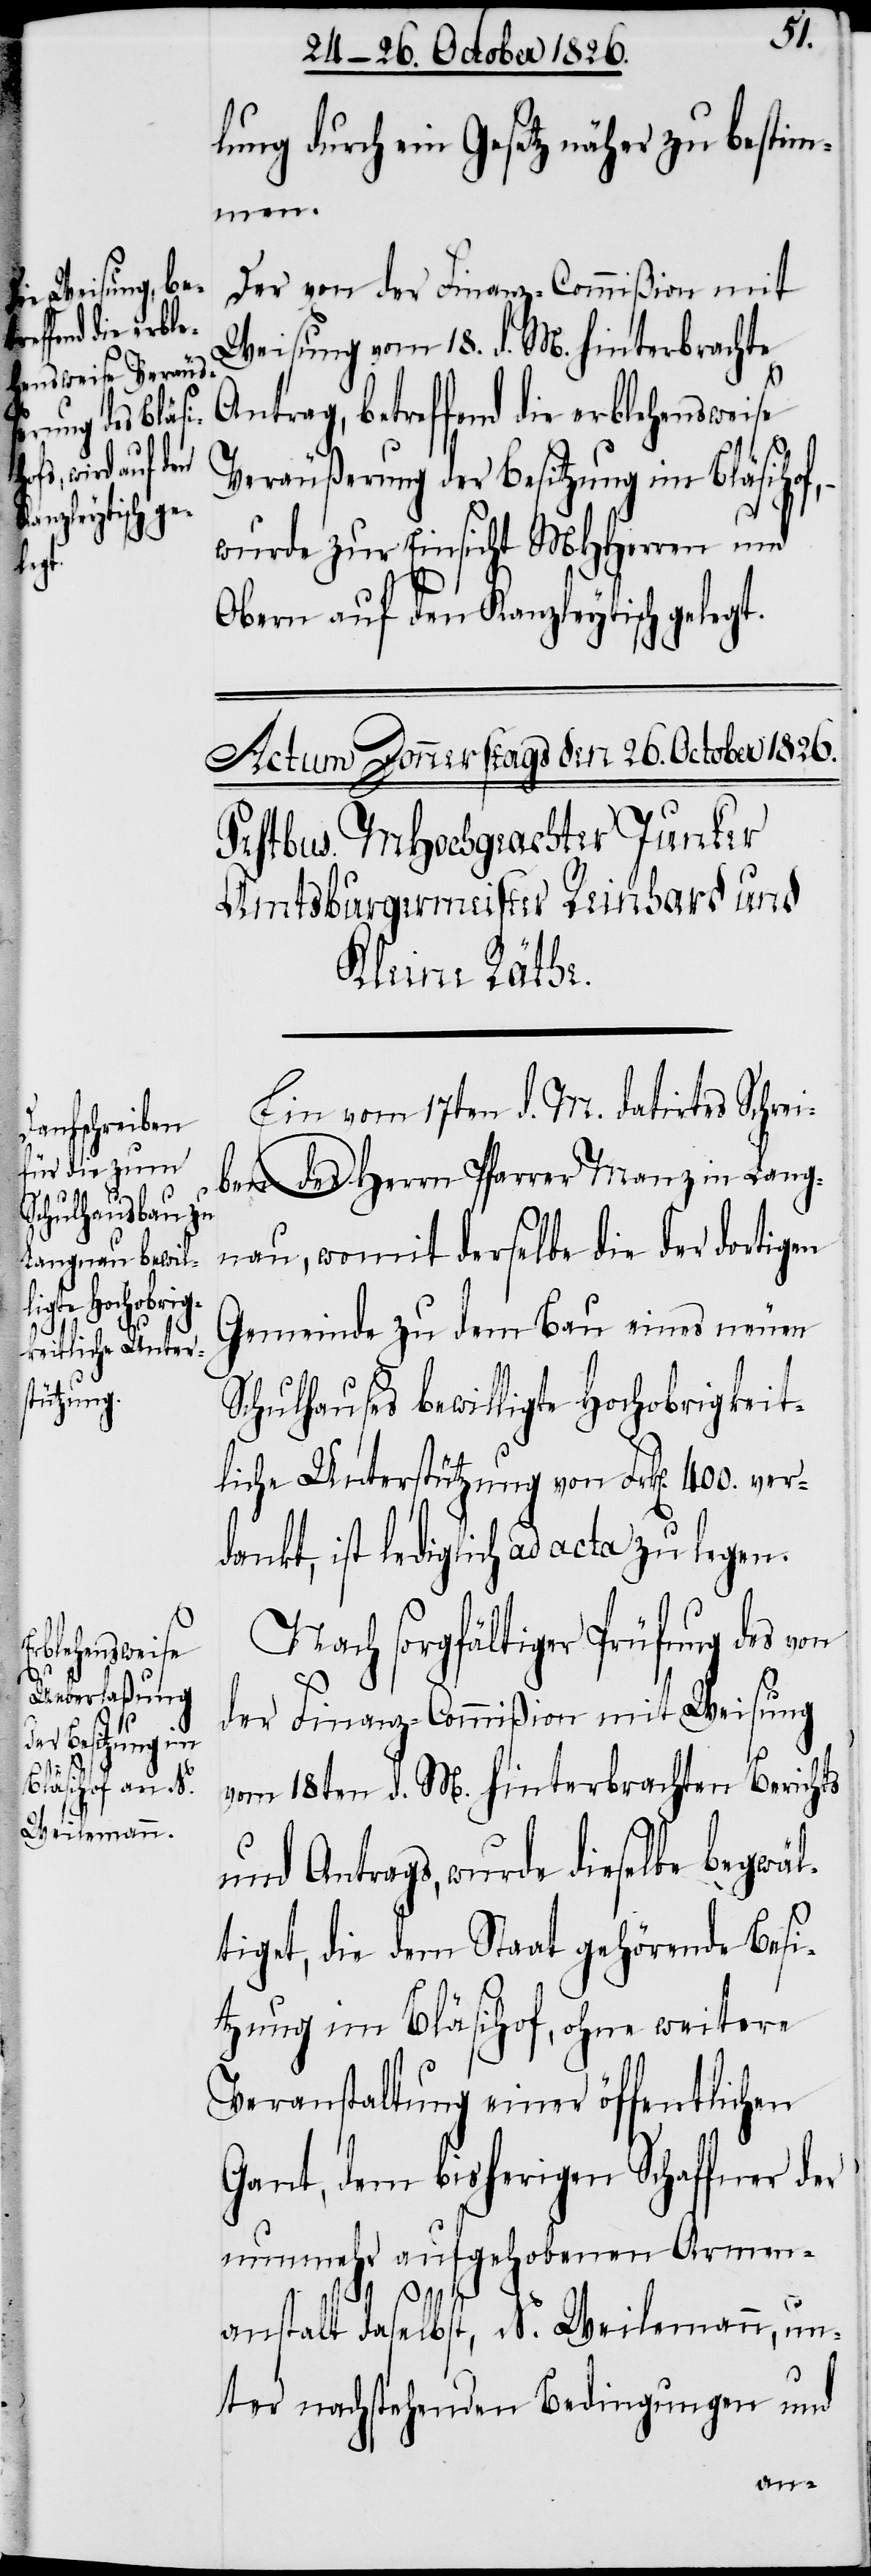
An¬

lung durch ein Gesetz näher zu bestim¬
men.
Der von der Finanz-Commißion mit
Weisung vom 18. d. M. hinterbrachte
trag, betreffend die erblehensweise
Veräußerung der Besitzung im Bläsihof,
wurde zur Einsicht MHHerren und
Obern auf den Kanzleytisch gelegt.
Ein vom 17ten d. M. datirtes Schrei¬
ben des Herrn Pfarrer Manz in Lang¬
nau, womit derselbe die der dortigen
Gemeinde zu dem Bau eines neuen
Schulhauses bewilligte Hochobrigkeit¬
liche Unterstützung von Frk[en]. 400. ver¬
dankt, ist lediglich ad acta zu legen.
Nach sorgfältiger Prüfung des von
der Finanz-Commißion mit Weisung
vom 18ten d. M. hinterbrachten Berichts
und Antrags, wurde dieselbe begwäl¬
tiget, die dem Staat gehörende Besi¬
tzung im Bläsihof, ohne weitere
Veranstaltung einer öffentlichen
Gant, dem bisherigen Schaffner der
nunmehr aufgehobenen Armen¬
anstalt daselbst, N. Weilemann, un¬
ter nachstehenden Bedingungen und